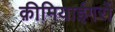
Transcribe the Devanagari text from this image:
क़ीमियाईगरों